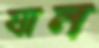
যান